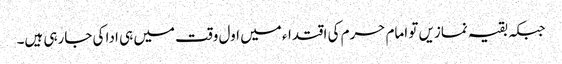
جبکہ بقیہ نمازیں تو امام حرم کی اقتداء میں اول وقت میں ہی ادا کی جارہی ہیں۔